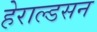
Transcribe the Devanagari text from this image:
हेराल्डसन